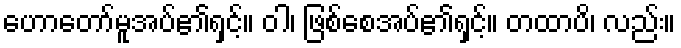
ဟောတော်မူအပ်၏ရှင့်။ ဝါ၊ ဖြစ်စေအပ်၏ရှင့်။ တထာပိ၊ လည်း။